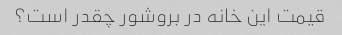
قیمت این خانه در بروشور چقدر است؟